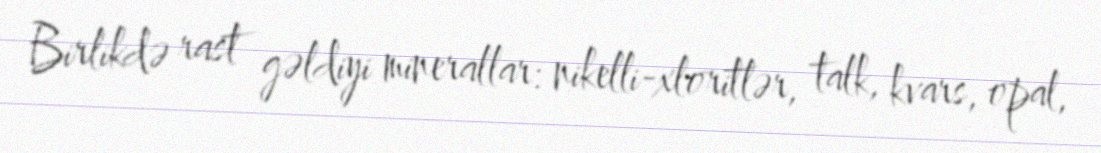
Birlikdə rast gəldiyi minerallar: nikelli-xloritlər, talk, kvars, opal,